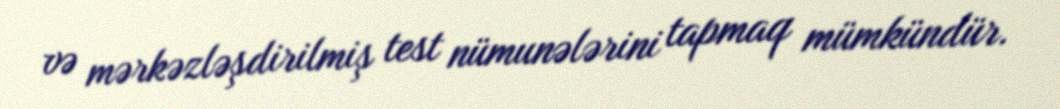
və mərkəzləşdirilmiş test nümunələrini tapmaq mümkündür.